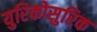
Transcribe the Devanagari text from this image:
युरिकोसुरिक